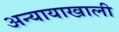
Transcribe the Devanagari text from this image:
अन्यायाखाली